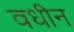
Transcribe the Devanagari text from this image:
वधीन